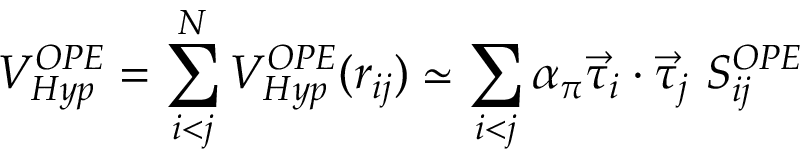
V _ { H y p } ^ { O P E } = \sum _ { i < j } ^ { N } V _ { H y p } ^ { O P E } ( r _ { i j } ) \simeq \sum _ { i < j } \alpha _ { \pi } \vec { \tau } _ { i } \cdot \vec { \tau } _ { j } \ S _ { i j } ^ { O P E }